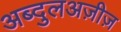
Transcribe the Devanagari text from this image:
अब्दुलअज़ीज़